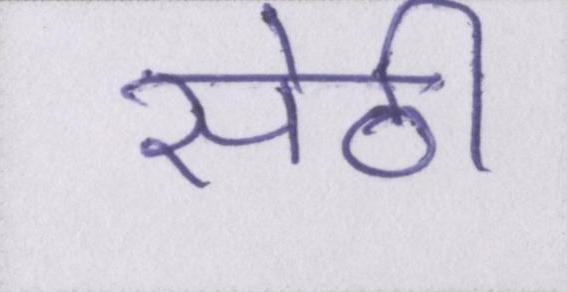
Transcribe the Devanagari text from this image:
सेठी